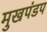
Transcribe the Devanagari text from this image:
मुखपंडप